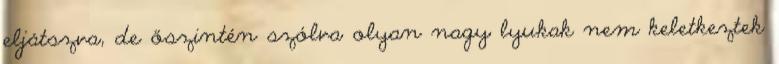
eljátszva, de őszintén szólva olyan nagy lyukak nem keletkeztek